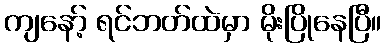
ကျနော့် ရင်ဘတ်ထဲမှာ မိုးပြိုနေပြီ။